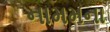
નામમના